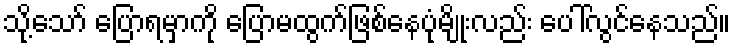
သို့သော် ပြောရမှာကို ပြောမထွက်ဖြစ်နေပုံမျိုးလည်း ပေါ်လွင်နေသည်။